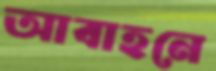
আবাহনে